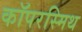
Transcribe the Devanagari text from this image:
कॉपरस्मिथ